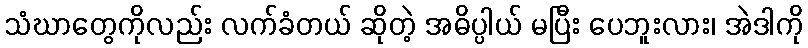
သံဃာတွေကိုလည်း လက်ခံတယ် ဆိုတဲ့ အဓိပ္ပါယ် မပြီး ပေဘူးလား၊ အဲဒါကို